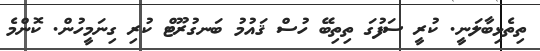
ތިތެޅިބާލަނީ. ކުރީ ސަފުގަ ތިތިބޭ ހުސް ޤައުމު ބަނގުރޫޓް ކުރި ގިނަމީހުން. ކޮންމެ